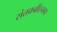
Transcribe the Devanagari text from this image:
संतकबीरनगर